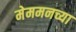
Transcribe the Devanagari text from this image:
मेममनच्या